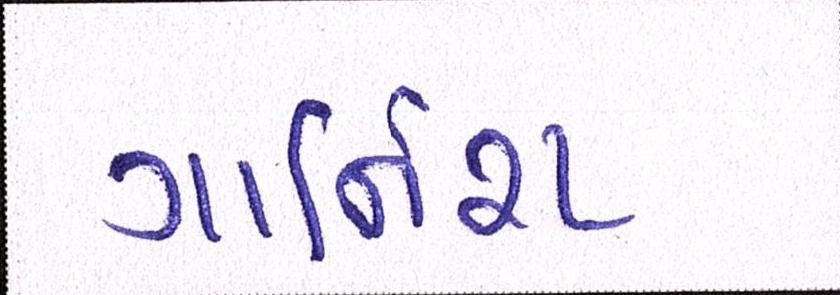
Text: ગાર્નિશ